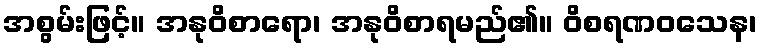
အစွမ်းဖြင့်။ အနုဝိစာရော၊ အနုဝိစာရမည်၏။ ဝိစရဏဝသေန၊